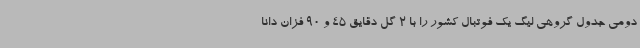
دومی جدول گروهی لیگ یک فوتبال کشور را با 2 گل دقایق 45 و 90 فزان دانا